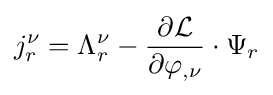
j_{r}^{\nu }=\Lambda _{r}^{\nu }-{\frac {\partial {\mathcal {L}}}{\partial \varphi _{,\nu }}}\cdot \Psi _{r}